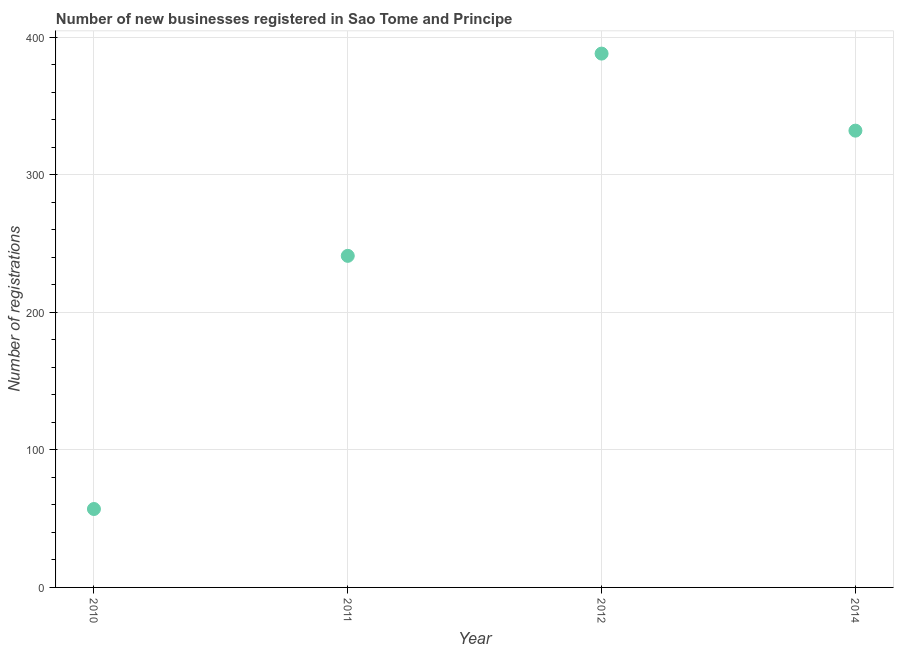
| Year | New businesses |
 | --- | --- |
 | 2010 | 57 |
 | 2011 | 241 |
 | 2012 | 388 |
 | 2014 | 332 |